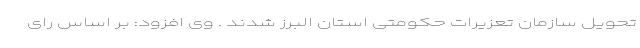
تحویل سازمان تعزیرات حکومتی استان البرز شدند . وی افزود: بر اساس رای